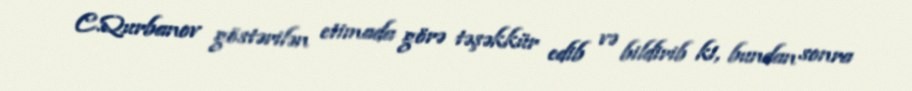
C.Qurbanov göstərilən etimada görə təşəkkür edib və bildirib ki, bundan sonra